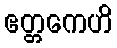
ဧတ္တကေဟိ